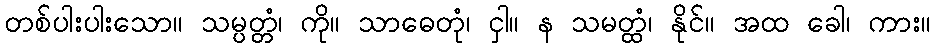
တစ်ပါးပါးသော။ သမ္ပတ္တံ၊ ကို။ သာဓေတုံ၊ ငှါ။ န သမတ္ထံ၊ နိုင်။ အထ ခေါ၊ ကား။